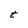
Character: t